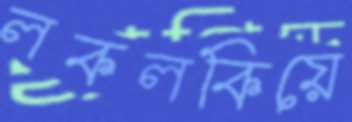
লকলকিয়ে